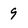
Character: 9